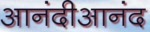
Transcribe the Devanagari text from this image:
आनंदीआनंद